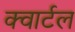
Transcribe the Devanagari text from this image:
क्वार्टल